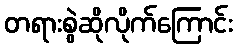
တရားစွဲဆိုလိုက်ကြောင်း